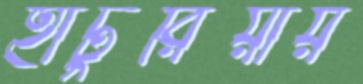
হাটুরিয়ায়